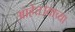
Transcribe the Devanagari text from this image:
आहेत।याच्या